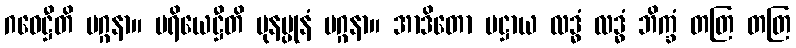
ဂဝေဋ္ဌီတိ မဂ္ဂနာ။ ပရိယေဋ္ဌီတိ ပုနပ္ပုနံ မဂ္ဂနာ။ အာဒိတော ပဋ္ဌာယ လဒ္ဓံ လဒ္ဓံ ဘိက္ခံ တတြ တတြ